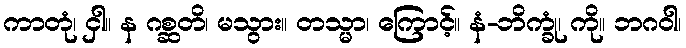
ကာတုံ၊ ငှါ။ န ဂစ္ဆတိ၊ မသွား။ တသ္မာ၊ ကြောင့်။ နံ-ဘိက္ခုံ၊ ကို။ ဘဂဝါ၊